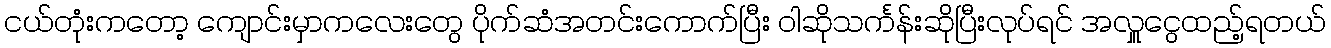
ငယ်တုံးကတော့ ကျောင်းမှာကလေးတွေ ပိုက်ဆံအတင်းကောက်ပြီး ဝါဆိုသင်္ကန်းဆိုပြီးလုပ်ရင် အလှူငွေထည့်ရတယ်